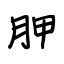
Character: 胛